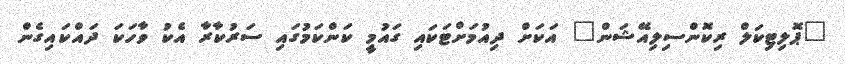
"ޕޮލިޓިކަލް ރިކޮންސިލިއޭޝަން" އަކަށް ދިއުމަށްޓަކައި ގައުމީ ކަންކަމުގައި ސަރުކާރާ އެކު ވާހަކަ ދައްކައިގެން